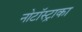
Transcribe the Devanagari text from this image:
नोटॉस्ट्राका